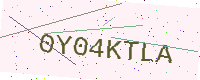
Text: 0Y04KTLA